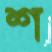
শ